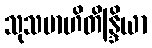
သုသမာဟိတိန္ဒြိယာ